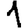
Digit: 1